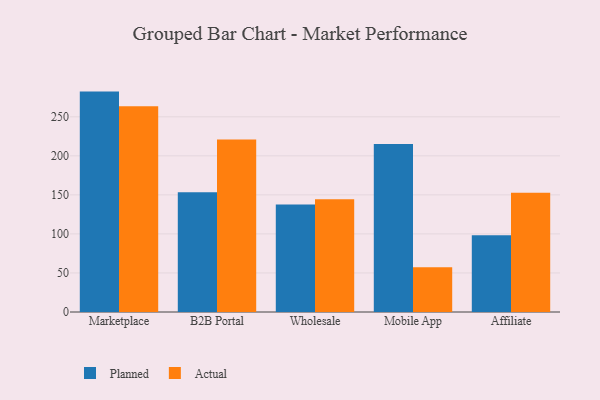
{"axis": {"x": "Channel", "y": "Inventory Turnover"}, "legend": ["Actual", "Planned"], "data": [{"x": "Marketplace", "y": 282.3, "type": "Planned"}, {"x": "Marketplace", "y": 263.5, "type": "Actual"}, {"x": "B2B Portal", "y": 153.3, "type": "Planned"}, {"x": "B2B Portal", "y": 221.1, "type": "Actual"}, {"x": "Wholesale", "y": 137.7, "type": "Planned"}, {"x": "Wholesale", "y": 144.3, "type": "Actual"}, {"x": "Mobile App", "y": 215.1, "type": "Planned"}, {"x": "Mobile App", "y": 57.4, "type": "Actual"}, {"x": "Affiliate", "y": 98.3, "type": "Planned"}, {"x": "Affiliate", "y": 152.8, "type": "Actual"}]}